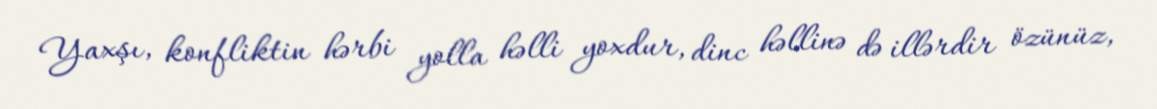
Yaxşı, konfliktin hərbi yolla həlli yoxdur, dinc həllinə də illərdir özünüz,